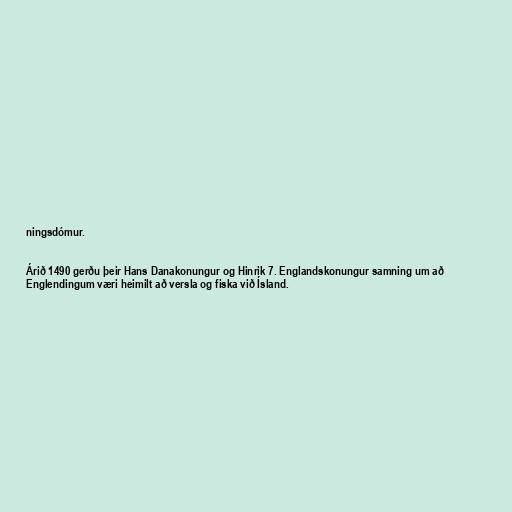
ningsdómur.

Árið 1490 gerðu þeir Hans Danakonungur og Hinrik 7. Englandskonungur samning um að
Englendingum væri heimilt að versla og fiska við Ísland.